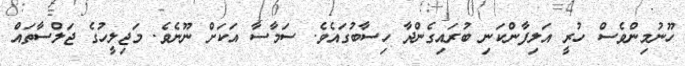
ހޫނުމިންވެސް ހުރީ އަލިފާންކަނި ބުރައިގެންދާ ހިސާބުގައެވެ. ސަމާސާ އަކަށް ނޫނެވެ. މަޖިލީހުގެ ޖަލްސާތައް